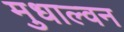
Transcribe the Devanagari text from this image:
मुधाल्वन